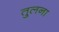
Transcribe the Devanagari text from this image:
तु्लना